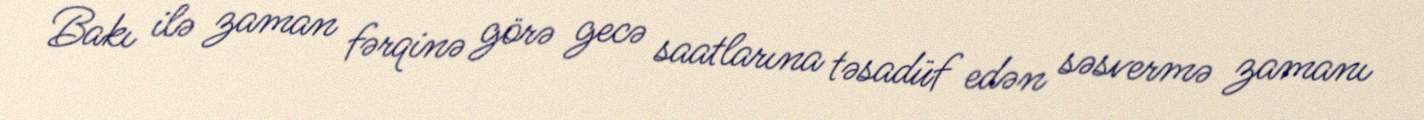
Bakı ilə zaman fərqinə görə gecə saatlarına təsadüf edən səsvermə zamanı